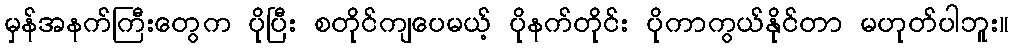
မှန်အနက်ကြီးတွေက ပိုပြီး စတိုင်ကျပေမယ့် ပိုနက်တိုင်း ပိုကာကွယ်နိုင်တာ မဟုတ်ပါဘူး။